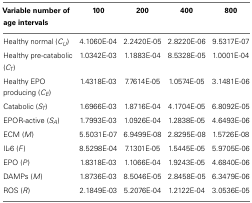
<table><thead><tr><td><b>Variable number of age intervals</b></td><td><b>100</b></td><td><b>200</b></td><td><b>400</b></td><td><b>800</b></td></tr></thead><tbody><tr><td>Healthy normal (<i>C<sub>U</sub></i>)</td><td>4.1060E-04</td><td>2.2420E-05</td><td>2.8220E-06</td><td>9.5317E-07</td></tr><tr><td>Healthy pre-catabolic (<i>C<sub>T</sub></i>)</td><td>1.0342E-03</td><td>1.1883E-04</td><td>8.5328E-05</td><td>1.0001E-04</td></tr><tr><td>Healthy EPO producing (<i>C<sub>E</sub></i>)</td><td>1.4318E-03</td><td>7.7614E-05</td><td>1.0574E-05</td><td>3.1481E-06</td></tr><tr><td>Catabolic (<i>S<sub>T</sub></i>)</td><td>1.6966E-03</td><td>1.8716E-04</td><td>4.1704E-05</td><td>6.8092E-05</td></tr><tr><td>EPOR-active (<i>S<sub>A</sub></i>)</td><td>1.7993E-03</td><td>1.0926E-04</td><td>1.2838E-05</td><td>4.6493E-06</td></tr><tr><td>ECM (<i>M</i>)</td><td>5.5031E-07</td><td>6.9499E-08</td><td>2.8295E-08</td><td>1.5726E-08</td></tr><tr><td>IL-6 (<i>F</i>)</td><td>8.5298E-04</td><td>7.1301E-05</td><td>1.5445E-05</td><td>5.9705E-06</td></tr><tr><td>EPO (<i>P</i>)</td><td>1.8318E-03</td><td>1.1066E-04</td><td>1.9243E-05</td><td>4.6840E-06</td></tr><tr><td>DAMPs (<i>M</i>)</td><td>1.8736E-03</td><td>8.5046E-05</td><td>2.8458E-05</td><td>6.3479E-06</td></tr><tr><td>ROS (<i>R</i>)</td><td>2.1849E-03</td><td>5.2076E-04</td><td>1.2122E-04</td><td>3.0536E-05</td></tr></tbody></table>